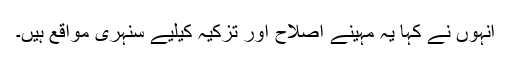
انہوں نے کہا یہ مہینے اصلاح اور تزکیہ کیلیے سنہری مواقع ہیں۔